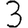
Digit: 3